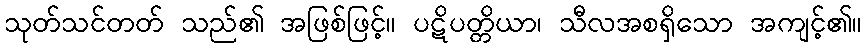
သုတ်သင်တတ် သည်၏ အဖြစ်ဖြင့်။ ပဋိပတ္တိယာ၊ သီလအစရှိသော အကျင့်၏။